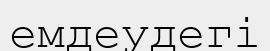
емдеудегі